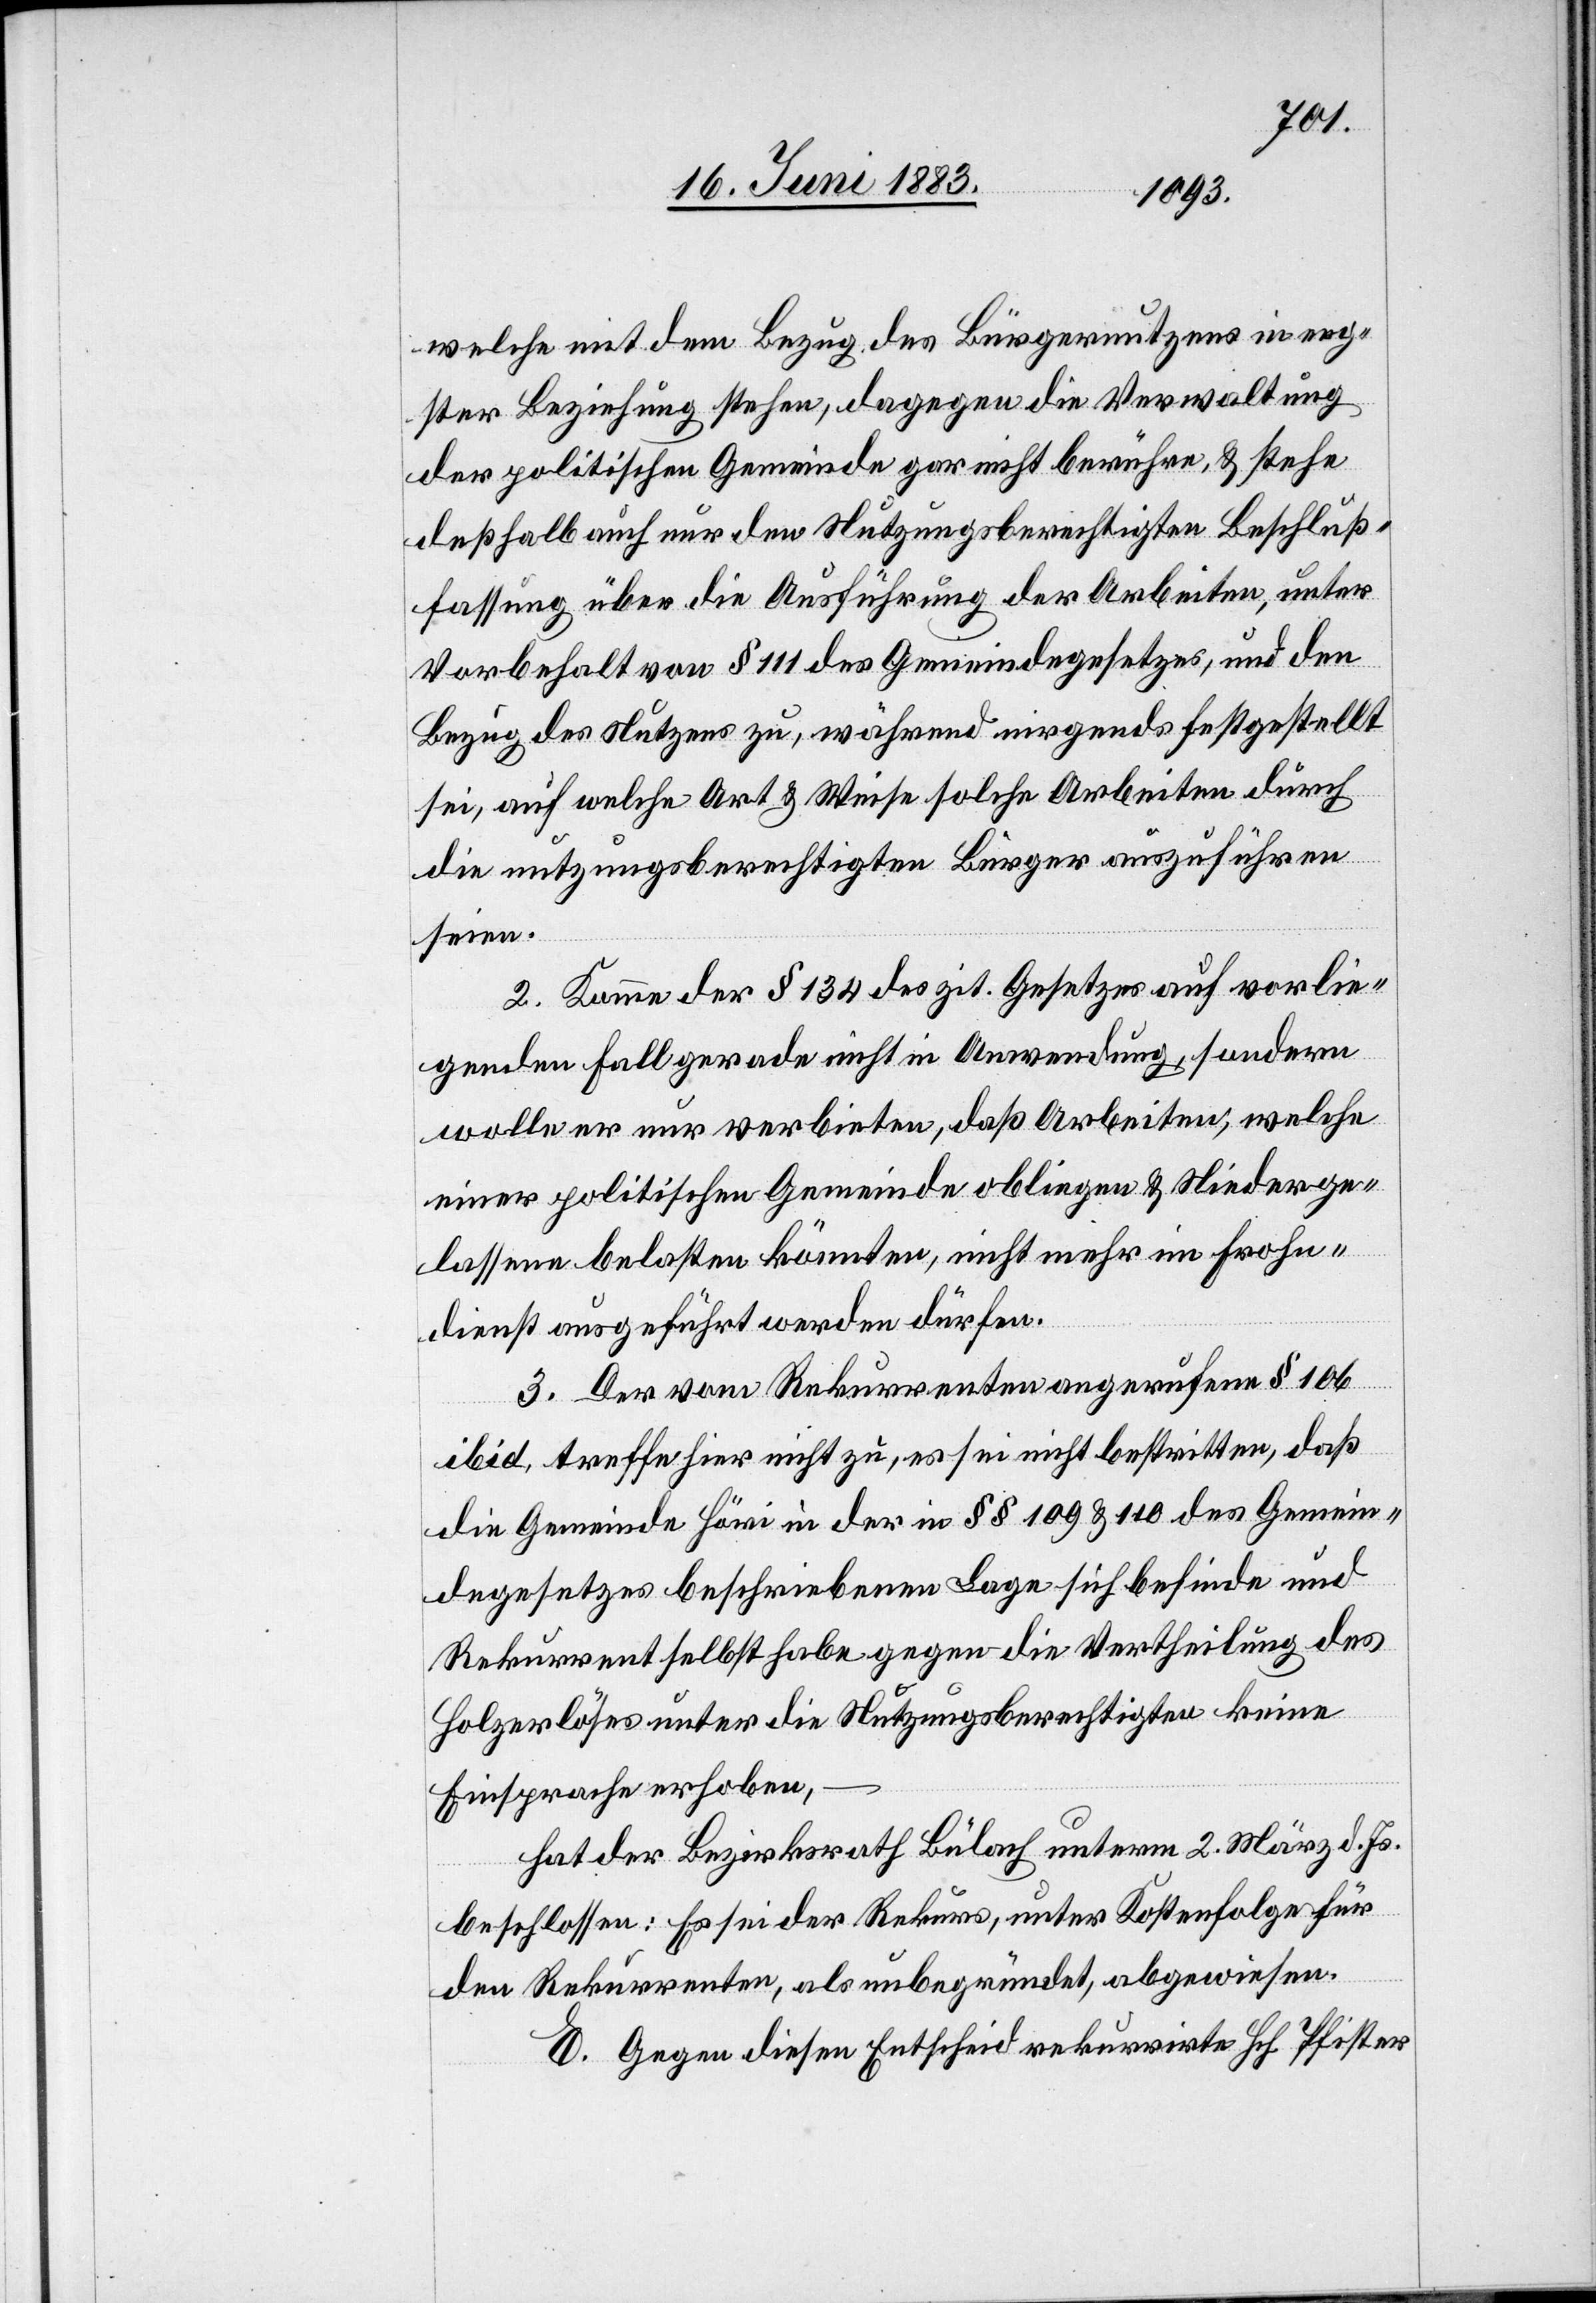
welche mit dem Bezug des Bürgernutzens in eng¬
ster Beziehung stehen, dagegen die Verwaltung
der politischen Gemeinde gar nicht berühren, & stehe
deßhalb auch nur den Nutzungsberechtigten Beschluß¬
fassung über die Ausführung der Arbeiten, unter
Vorbehalt von § 111 des Gemeindegesetzes, und den
Bezug des Nutzens zu, während nirgends festgestellt
sei, auf welche Art & Weise solche Arbeiten durch
die nutzungsberechtigten Bürger auszuführen
seien.
2. Komme der § 134 des zit. Gesetzes auf vorlie¬
genden Fall gerade nicht in Anwendung, sondern
wolle er nur verbieten, daß Arbeiten, welche
einer politischen Gemeinde obliegen & Niederge¬
lassene belasten könnten, nicht mehr im Frohn¬
dienst ausgeführt werden dürfen.
3. Der vom Rekurrenten angerufene § 106
ibid, treffe hier nicht zu, es sei nicht bestritten, daß
die Gemeinde Höri in der in §§ 109 & 110 des Gemein¬
degesetzes beschriebenen Lage sich befinde und
Rekurrent selbst habe gegen die Vertheilung des
Holzerlöses unter die Nutzungsberechtigten keine
Einsprache erhoben,
hat der Bezirksrath unterm 2. März d. Js.
beschlossen: Es sei der Rekurs, unter Kostenfolge für
den Rekurrenten, als unbegründet abgewiesen.
E. Gegen diesen Entscheid rekurrirte Hch. Pfister